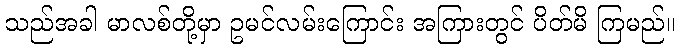
သည်အခါ မာလစ်တို့မှာ ဥမင်လမ်းကြောင်း အကြားတွင် ပိတ်မိ ကြမည်။